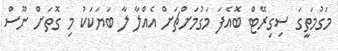
މަގުމަތީގަ ސިގިރޭޓް ބޮއެފަ މަގުމަށްޗަށް އެއްލާ ލާ ބަޔަކަކު މި ގޮތަށް ނޫސް